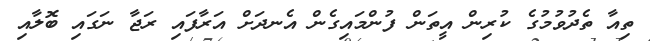
ތިއާ ތެދުވުމުގެ ކުރިން އީތަން ފުންމައިގެން އެނދަށް އަރާފައި ރަޖާ ނަގައި ބޮލާއި